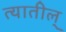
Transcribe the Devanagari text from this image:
त्यातील्